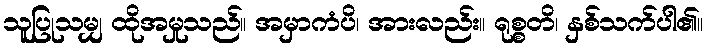
သူပြုသမျှ ထိုအမှုသည်။ အမှာကံပိ၊ အားလည်း။ ရုစ္စတိ၊ နှစ်သက်ပါ၏။